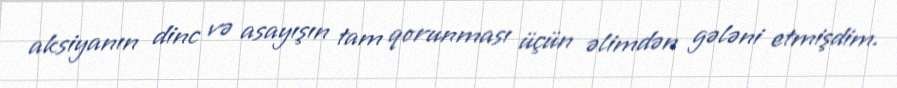
aksiyanın dinc və asayışın tam qorunması üçün əlimdən gələni etmişdim.